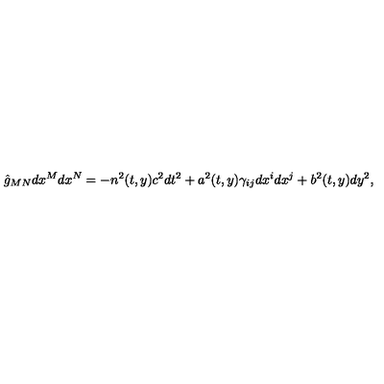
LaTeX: \hat { g } _ { M N } d x ^ { M } d x ^ { N } = - n ^ { 2 } ( t , y ) c ^ { 2 } d t ^ { 2 } + a ^ { 2 } ( t , y ) \gamma _ { i j } d x ^ { i } d x ^ { j } + b ^ { 2 } ( t , y ) d y ^ { 2 } ,